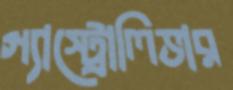
গ্যাস্ট্রোলিভার